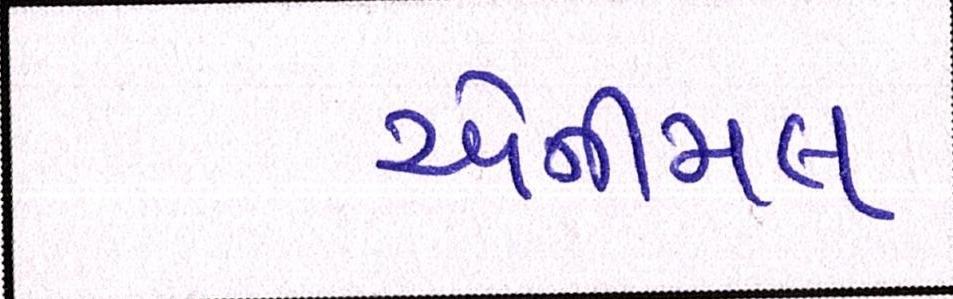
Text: એનીમલ